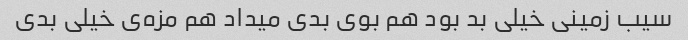
سیب زمینی خیلی بد بود هم بوی بدی میداد هم مزه‌ی خیلی بدی